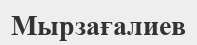
Мырзағалиев